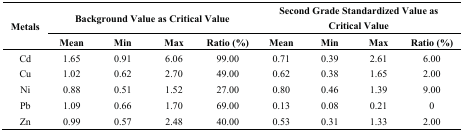
| <ROWSPAN=2> Metals | <COLSPAN=4> Background Value as Critical Value | <COLSPAN=4> Second Grade Standardized Value as Critical Value |
 | Mean | Min | Max | Ratio (%) | Mean | Min | Max | Ratio (%) |
 | --- | --- | --- | --- | --- | --- | --- | --- | --- |
 | Cd | 1.65 | 0.91 | 6.06 | 99.00 | 0.71 | 0.39 | 2.61 | 6.00 |
 | Cu | 1.02 | 0.62 | 2.70 | 49.00 | 0.62 | 0.38 | 1.65 | 2.00 |
 | Ni | 0.88 | 0.51 | 1.52 | 27.00 | 0.80 | 0.46 | 1.39 | 9.00 |
 | Pb | 1.09 | 0.66 | 1.70 | 69.00 | 0.13 | 0.08 | 0.21 | 0 |
 | Zn | 0.99 | 0.57 | 2.48 | 40.00 | 0.53 | 0.31 | 1.33 | 2.00 |